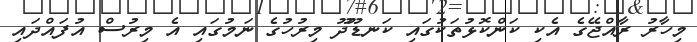
މިހާރު ރާއްޖޭގެ އެކި ކަންކޮޅުތަކުގައި ކަނޑޫދޫ މިރުހުގެ ނަމުގައި އެ މިރުސް އުފައްދައި